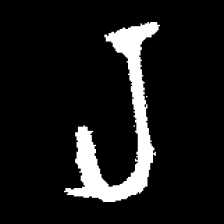
Pyu character \u2014 Myanmar letter: ရ (romanized: ra)